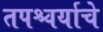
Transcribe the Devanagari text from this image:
तपश्चर्याचे